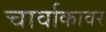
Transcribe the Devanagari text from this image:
चार्वाकावर